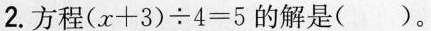
2.方程$$(x+3){\div} 4=5$$的解是( )。